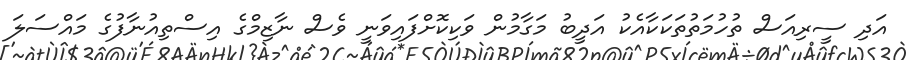
އަދި ސީރިއަސް ތުހުމަތުތަކަކާއެކު އަދީބު މަގާމުން ވަކިކޮށްފައިވަނީ ވެސް ނާޒިމްގެ އިސްތިއުނާފުގެ މައްސަލަ